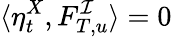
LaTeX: \langle\eta_{t}^{X},F_{T,u}^{\mathcal{I}}\rangle=0